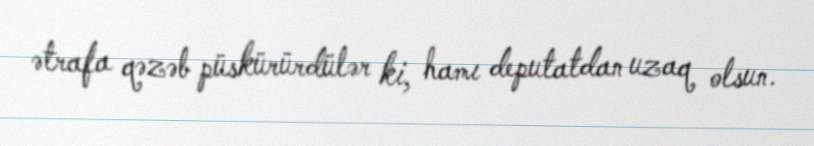
ətrafa qəzəb püskürürdülər ki, hamı deputatdan uzaq olsun.